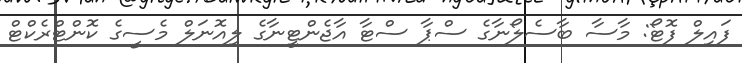
ފައިލް ފޮޓޯ: މާސާ ބާސެލޯނާގެ ސްޕާ ސްޓާ އާޖެންޓީނާގެ ލިއޮނަލް މެސީގެ ކޮންޓްރެކްޓް